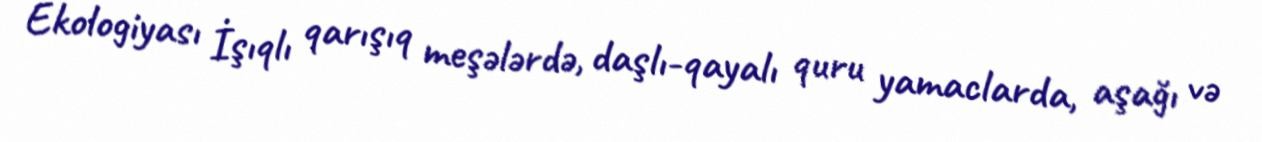
Ekologiyası İşıqlı qarışıq meşələrdə, daşlı-qayalı quru yamaclarda, aşağı və